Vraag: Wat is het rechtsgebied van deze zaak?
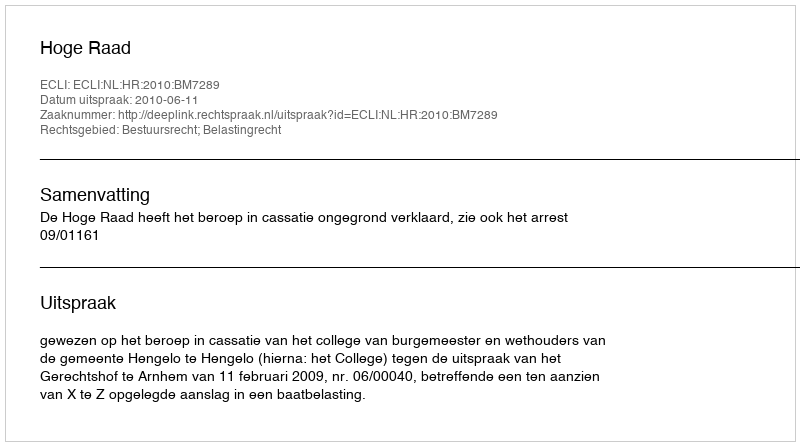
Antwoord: Bestuursrecht; Belastingrecht